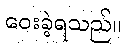
ဝေးခဲ့ရသည်။